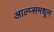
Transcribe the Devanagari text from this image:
आल्प्समधून